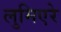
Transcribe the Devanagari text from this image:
लुमिएरे